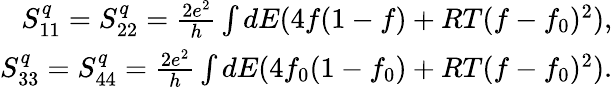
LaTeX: \begin{array}{r}{S_{11}^{q}=S_{22}^{q}=\frac{2e^{2}}{h}\int dE(4f(1-f)+RT(f-f_{0})^{2}),}\\ {S_{33}^{q}=S_{44}^{q}=\frac{2e^{2}}{h}\int dE(4f_{0}(1-f_{0})+RT(f-f_{0})^{2}).}\end{array}